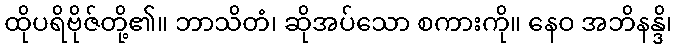
ထိုပရိဗိုဇ်တို့၏။ ဘာသိတံ၊ ဆိုအပ်သော စကားကို။ နေဝ အဘိနန္ဒိ၊